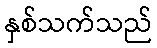
နှစ်သက်သည်